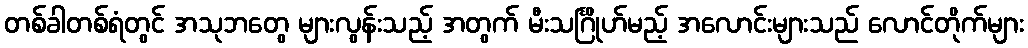
တစ်ခါတစ်ရံတွင် အသုဘတွေ များလွန်းသည့် အတွက် မီးသင်္ဂြိုဟ်မည့် အလောင်းများသည် လောင်တိုက်များ